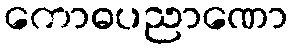
ကောဓပညာဏော